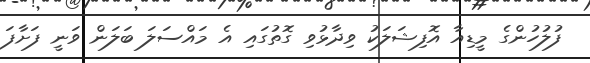
ފުލުހުންގެ މީޑިއާ އޮފިޝަލަކު ވިދާޅުވި ގޮތުގައި އެ މައްސަލަ ބަލަން ވަނީ ފަށާފަ